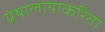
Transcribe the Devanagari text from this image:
ग्रंथालायाकरिता